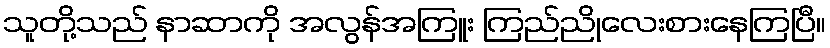
သူတို့သည် နာဆာကို အလွန်အကြူး ကြည်ညိုလေးစားနေကြပြီ။